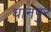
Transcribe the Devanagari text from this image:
धानपुर